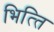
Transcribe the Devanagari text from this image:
भित्‍ति